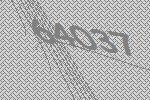
64037